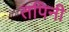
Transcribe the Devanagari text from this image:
तपिनी